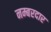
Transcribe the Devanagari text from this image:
नम्बरदार